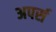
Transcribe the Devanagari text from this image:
अपर्स